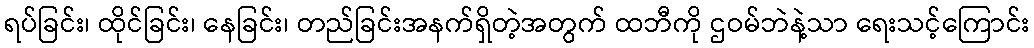
ရပ်ခြင်း၊ ထိုင်ခြင်း၊ နေခြင်း၊ တည်ခြင်းအနက်ရှိတဲ့အတွက် ထဘီကို ဌဝမ်ဘဲနဲ့သာ ရေးသင့်ကြောင်း